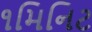
૧મિનિટ